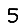
Digit: 5